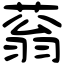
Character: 蓊